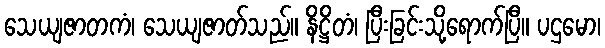
သေယျဇာတကံ၊ သေယျဇာတ်သည်။ နိဋ္ဌိတံ၊ ပြီးခြင်းသို့ရောက်ပြီ။ ပဌမော၊